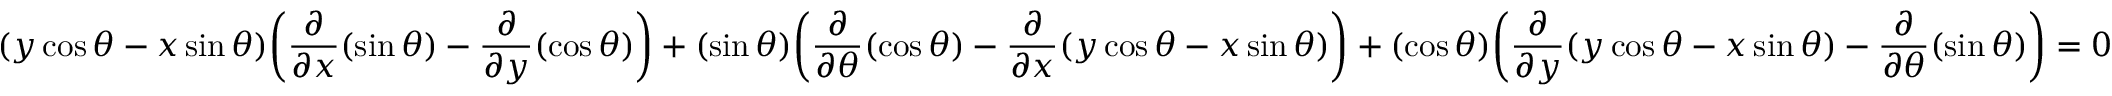
( y \cos \theta - x \sin \theta ) { \bigg ( } { \frac { \partial } { \partial x } } ( \sin \theta ) - { \frac { \partial } { \partial y } } ( \cos \theta ) { \bigg ) } + ( \sin \theta ) { \bigg ( } { \frac { \partial } { \partial \theta } } ( \cos \theta ) - { \frac { \partial } { \partial x } } ( y \cos \theta - x \sin \theta ) { \bigg ) } + ( \cos \theta ) { \bigg ( } { \frac { \partial } { \partial y } } ( y \cos \theta - x \sin \theta ) - { \frac { \partial } { \partial \theta } } ( \sin \theta ) { \bigg ) } = 0